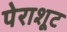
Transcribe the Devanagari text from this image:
पेराशूट